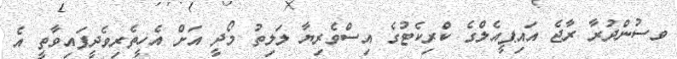
ވސުންދުރާ ރާޖެ އައިޕީއެލްގެ ކްރިކެޓުގެ އިސްވެރިޔާ ލަލިތު މޯދީ އަށް އެހީތެރިވެދީފައިވާތީ އެ